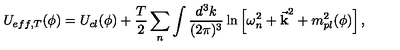
U _ { e f f , T } ( \phi ) = U _ { c l } ( \phi ) + \frac { T } { 2 } \sum _ { n } \int \frac { d ^ { 3 } k } { ( 2 \pi ) ^ { 3 } } \ln \left[ \omega _ { n } ^ { 2 } + { \bf \vec { k } } ^ { 2 } + m _ { p l } ^ { 2 } ( \phi ) \right] , \nonumber